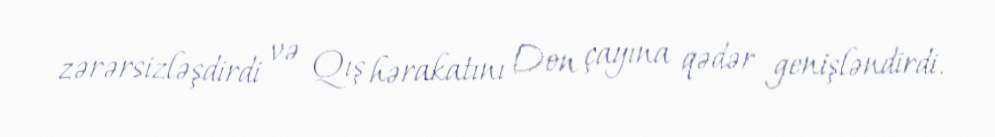
zərərsizləşdirdi və Qış hərakatını Don çayına qədər genişləndirdi.